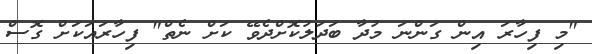
"މި ފިހާރަ އިން ގަންނަ މުދާ ބަދަލުކޮށްދެވޭ ކަށް ނެތް" ފިހާރައަކަށް ގޮސް